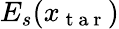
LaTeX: E_{s}(x_{\mathrm{~t~a~r~}})